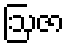
ဩဇာ